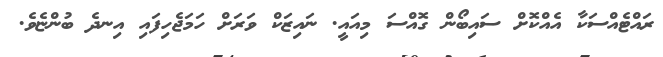
ރައްޓެއްސަކާ އެއްކޮށް ސައިބޯން ގޮއްސަ މިއައީ. ނައިޒަކް ވަރަށް ހަމަޖެހިފައި އިނދެ ބުންޏެވެ.